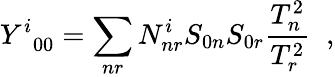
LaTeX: Y_{\; \; 00}^{i}=\sum_{nr}N_{nr}^{i}S_{0n}S_{0r}\frac{T_{n}^{2}}{T_{r}^{2}}\; \; ,